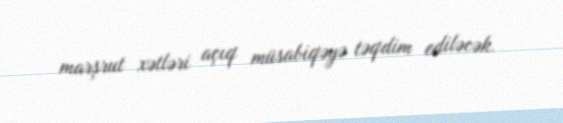
marşrut xətləri açıq müsabiqəyə təqdim ediləcək.